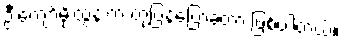
ဦးကျော်မိုးထွန်းက တုံ့ပြန်ပြောခဲ့တာ ဖြစ်ပါတယ်။